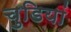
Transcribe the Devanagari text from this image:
चुडियां